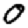
Digit: 0